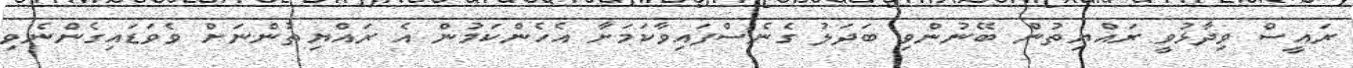
ރައީސް ވިދާޅުވީ ރައްޔިތުން ބޭނުންވި ބަދަލު ގެނެސްފައިވާކަމަށާ އެހެންކަމުން އެ ރައްޔިތުންނަށް ވެވަޑައިގެންނެވި